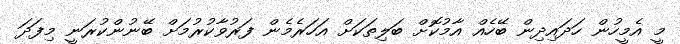
މީ އެމީހުން ހަދައިދިން ބޭހެއް އާމުކޮށް ބަލިތަކަށް އަހަރެމެން ފަރުވާކުރުމަށް ބޭނުންކުރަނީ މިފަދަ